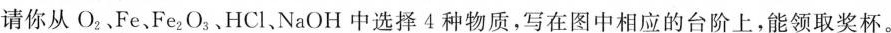
请你从O_{2}.Fe、Fe_{2}O_{3}、HCl、NaOH中选择4种物质，写在图中相应的台阶上，能领取奖杯。